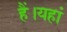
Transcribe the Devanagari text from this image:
हैं।यहां